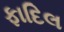
ફાદિલ